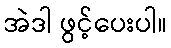
အဲဒါ ဖွင့်ပေးပါ။